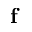
\mathbf { f }